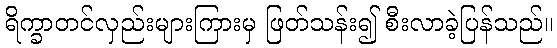
ရိက္ခာတင်လှည်းများကြားမှ ဖြတ်သန်း၍ စီးလာခဲ့ပြန်သည်။